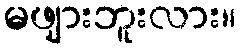
မဖျားဘူးလား။